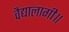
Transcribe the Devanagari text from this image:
वैद्यालागी॥